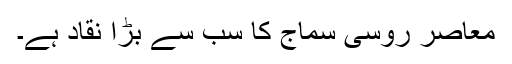
معاصر روسی سماج کا سب سے بڑا نقاد ہے۔